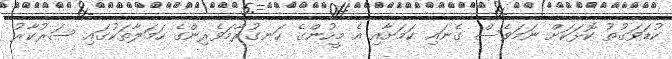
ކުޑަވަގުތު ކޮޅަކަށް ނަމަވެސް ގެނައި ކަމަށާއި އެ މީހުންގެ ހަނގުރާމަވެރިންގެ ހަމަލާތަކުގައި ސަރުކާރު